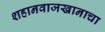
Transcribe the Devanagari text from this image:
शहानवाजखानाचा